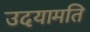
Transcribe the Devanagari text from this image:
उदयामति